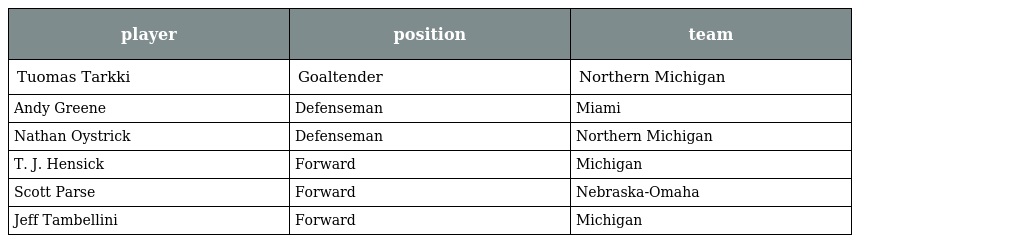
| player | position | team |
 | --- | --- | --- |
 | Tuomas Tarkki | Goaltender | Northern Michigan |
 | Andy Greene | Defenseman | Miami |
 | Nathan Oystrick | Defenseman | Northern Michigan |
 | T. J. Hensick | Forward | Michigan |
 | Scott Parse | Forward | Nebraska-Omaha |
 | Jeff Tambellini | Forward | Michigan |